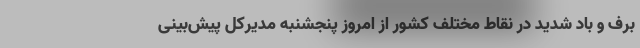
برف و باد شدید در نقاط مختلف کشور از امروز پنجشنبه مدیرکل ‌پیش‌بینی